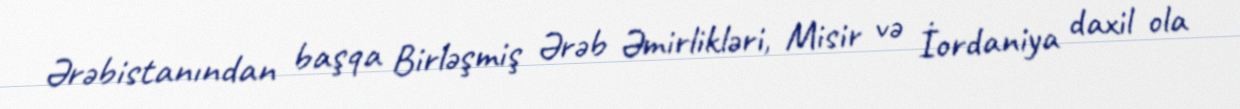
Ərəbistanından başqa Birləşmiş Ərəb Əmirlikləri, Misir və İordaniya daxil ola